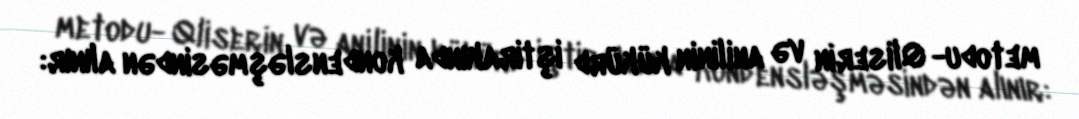
metodu- Qliserin və anilinin kükürd iştirakında kondensləşməsindən alınır: